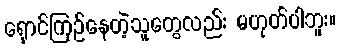
ရှောင်ကြဉ်နေတဲ့သူတွေလည်း မဟုတ်ပါဘူး။